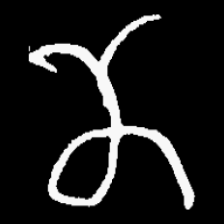
Pyu character \u2014 Myanmar letter: ဏ (romanized: nna)